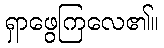
ရှာဖွေကြလေ၏။